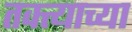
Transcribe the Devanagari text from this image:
तक्त्याच्या